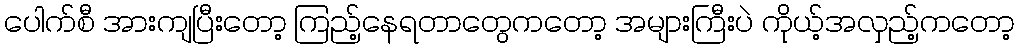
ပေါက်စီ အားကျပြီးတော့ ကြည့်နေရတာတွေကတော့ အများကြီးပဲ ကိုယ့်အလှည့်ကတော့